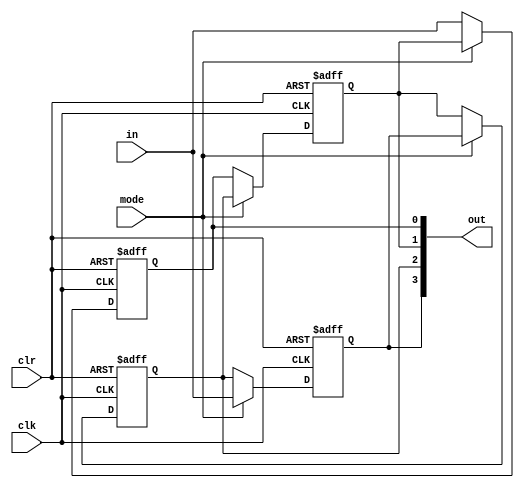
module bidirectional_shift_register(in,mode,clk,clr,out);
input in,mode,clk,clr;
  output [3:0] out;
  reg  q0,q1,q2,q3;

always@(posedge clk or posedge clr)
begin

if(clr)         //Clearing output
begin
q3<=0;
q2<=0;
q1<=0;
q0<=0;
end

else if(mode)  //Right shifting of input
begin
q3<=in;
q2<=q3;
q1<=q2;
q0<=q1;
end

else          //Left shifting of input
begin
q0<=in;
q1<=q0;
q2<=q1;
q3<=q2;
end
 

end
  
  assign out[0]=q0;
  assign out[1]=q1;
  assign out[2]=q2;
  assign out[3]=q3;
  
endmodule